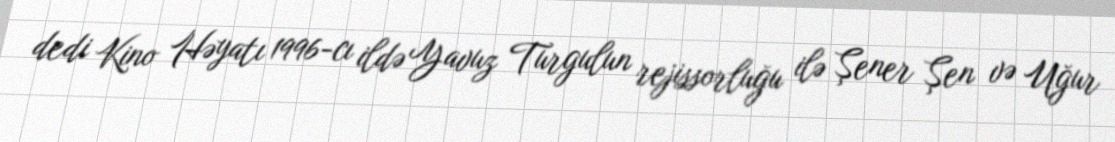
dedi Kino Həyatı 1996-cı ildə Yavuz Turgulun rejissorluğu ilə Şener Şen və Uğur